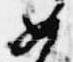
如